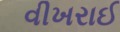
વીખરાઈ